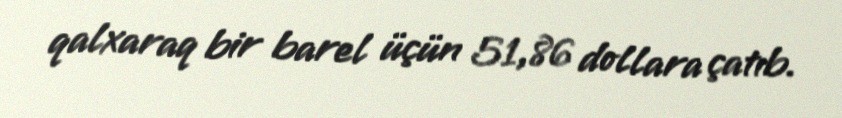
qalxaraq bir barel üçün 51,86 dollara çatıb.